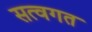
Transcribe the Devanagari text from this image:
सत्वगत